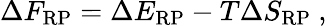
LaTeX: \Delta F_{\mathrm{RP}}=\Delta E_{\mathrm{RP}}-T\Delta S_{\mathrm{RP}}\ ,